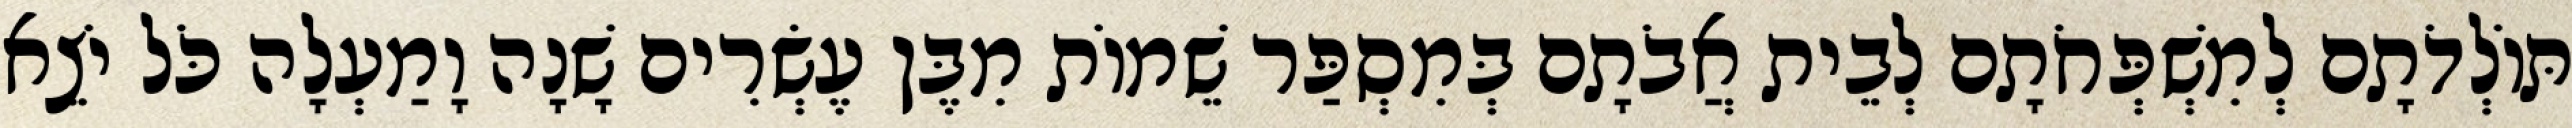
תּוֹלְדֹתָם לְמִשְׁפְּחֹתָם לְבֵית אֲבֹתָם בְּמִסְפַּר שֵׁמוֹת מִבֶּן עֶשְׂרִים שָׁנָה וָמַעְלָה כֹּל יֹצֵא